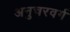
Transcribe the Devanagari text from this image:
अनुचरवर्ग